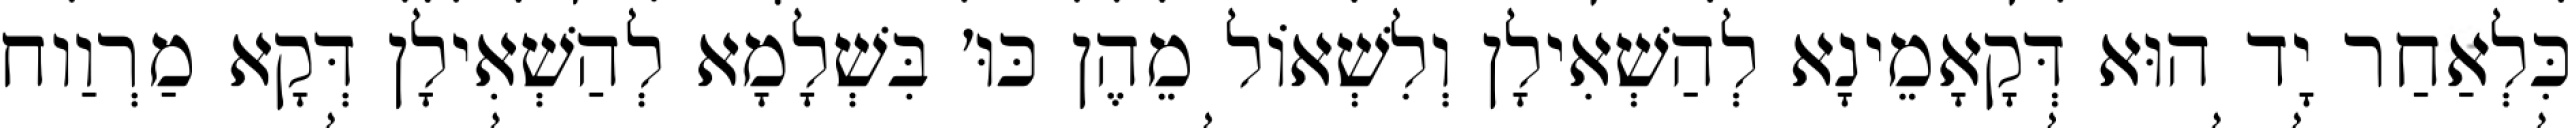
כִּלְאַחַר יָד הוּא דְּקָאָמֵינָא לְהַשְׁאִילָן וְלִשְׁאוֹל מֵהֶן כּוּ׳ בִּשְׁלָמָא לְהַשְׁאִילָן דְּקָא מַרְוַוח